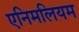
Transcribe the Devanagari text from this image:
एनिमलियम